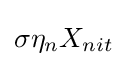
\sigma \eta _{n}X_{nit}